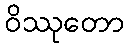
ဝိဿုတော